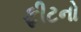
ફીટનો